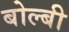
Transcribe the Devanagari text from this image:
बोल्बी